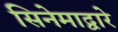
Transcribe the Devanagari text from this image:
सिनेमाद्वारे